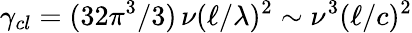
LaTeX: \gamma_{cl}=(32\pi^{3}/3)\, \nu(\ell/\lambda)^{2}\sim\nu^{3}(\ell/c)^{2}